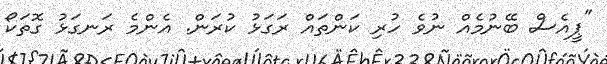
"ޕީއެސް ބޭނުމެއް ނުވެ ހުރި ކަންތައް ރަގަޅު ކުރަން. އެންމެ ރަނގަޅު ގޮތަކޯ